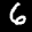
Label: 6